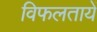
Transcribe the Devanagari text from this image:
विफलतायें